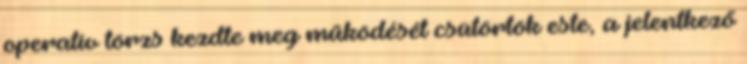
operatív törzs kezdte meg működését csütörtök este, a jelentkező